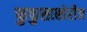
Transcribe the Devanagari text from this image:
फुफुसाखेरीज